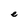
Character: e